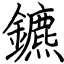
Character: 鑣